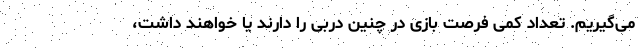
می‌گیریم. تعداد کمی فرصت بازی در چنین دربی را دارند یا خواهند داشت،